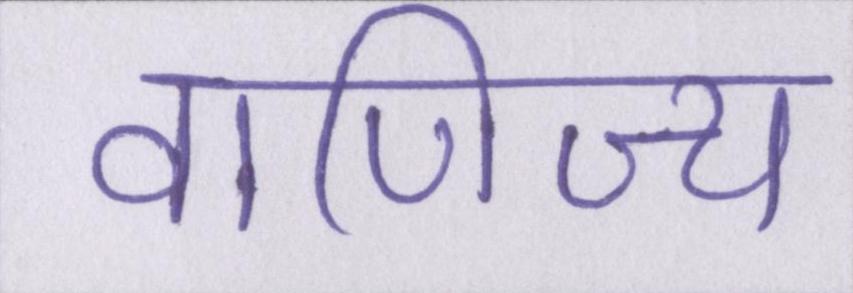
वाणिज्य